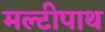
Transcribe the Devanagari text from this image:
मल्टीपाथ